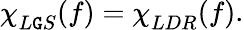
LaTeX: {\chi\smash[t]{\mathstrut}}_{L\mathtt{G}S}(f)={\chi\smash[t]{\mathstrut}}_{LDR}(f).